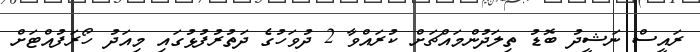
ރައީސް ނަޝީދު ބޮޑު ތިލަދުންމައްޗަށް ކުރައްވާ 2 ދުވަހުގެ ދަތުރުފުޅުގައި މިއަދު ހޯރަފުއްޓަށް